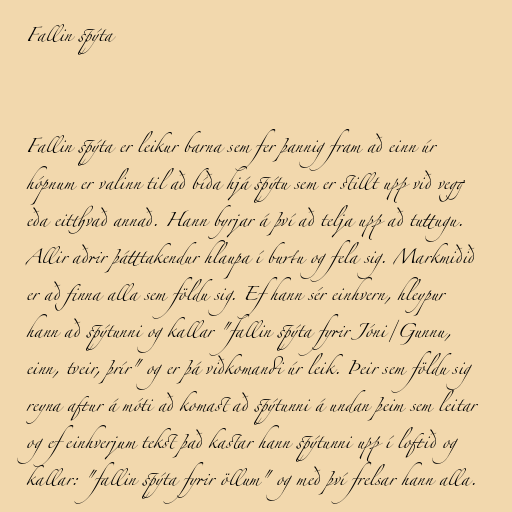
Fallin spýta

Fallin spýta er leikur barna sem fer þannig fram að einn úr
hópnum er valinn til að bíða hjá spýtu sem er stillt upp við vegg
eða eitthvað annað. Hann byrjar á því að telja upp að tuttugu.
Allir aðrir þátttakendur hlaupa í burtu og fela sig. Markmiðið
er að finna alla sem földu sig. Ef hann sér einhvern, hleypur
hann að spýtunni og kallar "fallin spýta fyrir Jóni/Gunnu,
einn, tveir, þrír" og er þá viðkomandi úr leik. Þeir sem földu sig
reyna aftur á móti að komast að spýtunni á undan þeim sem leitar
og ef einhverjum tekst það kastar hann spýtunni upp í loftið og
kallar: "fallin spýta fyrir öllum" og með því frelsar hann alla.